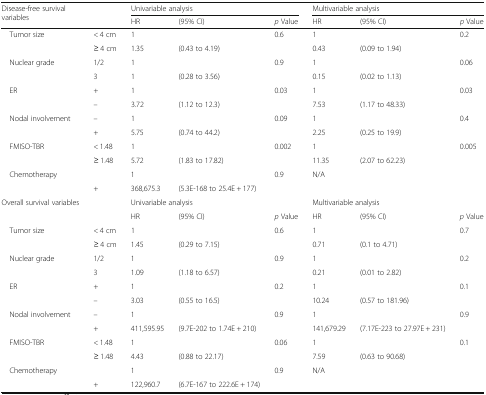
<table><thead><tr><td rowspan="2"><b>Disease-free survival variables</b></td><td></td><td colspan="3"><b>Univariable analysis</b></td><td colspan="3"><b>Multivariable analysis</b></td></tr><tr><td></td><td><b>HR</b></td><td><b>(95% CI)</b></td><td><b><i>p</i> Value</b></td><td><b>HR</b></td><td><b>(95% CI)</b></td><td><b><i>p</i> Value</b></td></tr></thead><tbody><tr><td rowspan="2"> Tumor size</td><td>&lt; 4 cm</td><td colspan="2">1</td><td rowspan="2">0.6</td><td colspan="2">1</td><td rowspan="2">0.2</td></tr><tr><td>≥ 4 cm</td><td>1.35</td><td>(0.43 to 4.19)</td><td>0.43</td><td>(0.09 to 1.94)</td></tr><tr><td rowspan="2"> Nuclear grade</td><td>1/2</td><td colspan="2">1</td><td rowspan="2">0.9</td><td colspan="2">1</td><td rowspan="2">0.06</td></tr><tr><td>3</td><td>1</td><td>(0.28 to 3.56)</td><td>0.15</td><td>(0.02 to 1.13)</td></tr><tr><td rowspan="2"> ER</td><td>+</td><td colspan="2">1</td><td rowspan="2">0.03</td><td colspan="2">1</td><td rowspan="2">0.03</td></tr><tr><td>–</td><td>3.72</td><td>(1.12 to 12.3)</td><td>7.53</td><td>(1.17 to 48.33)</td></tr><tr><td rowspan="2"> Nodal involvement</td><td>–</td><td colspan="2">1</td><td rowspan="2">0.09</td><td colspan="2">1</td><td rowspan="2">0.4</td></tr><tr><td>+</td><td>5.75</td><td>(0.74 to 44.2)</td><td>2.25</td><td>(0.25 to 19.9)</td></tr><tr><td rowspan="2"> FMISO-TBR</td><td>&lt; 1.48</td><td colspan="2">1</td><td rowspan="2">0.002</td><td colspan="2">1</td><td rowspan="2">0.005</td></tr><tr><td>≥ 1.48</td><td>5.72</td><td>(1.83 to 17.82)</td><td>11.35</td><td>(2.07 to 62.23)</td></tr><tr><td rowspan="2"> Chemotherapy</td><td></td><td colspan="2">1</td><td rowspan="2">0.9</td><td rowspan="2" colspan="3">N/A</td></tr><tr><td>+</td><td>368,675.3</td><td>(5.3E-168 to 25.4E + 177)</td></tr><tr><td rowspan="2">Overall survival variables</td><td></td><td colspan="3">Univariable analysis</td><td colspan="3">Multivariable analysis</td></tr><tr><td></td><td>HR</td><td>(95% CI)</td><td><i>p</i> Value</td><td>HR</td><td>(95% CI)</td><td><i>p</i> Value</td></tr><tr><td rowspan="2"> Tumor size</td><td>&lt; 4 cm</td><td colspan="2">1</td><td rowspan="2">0.6</td><td colspan="2">1</td><td rowspan="2">0.7</td></tr><tr><td>≥ 4 cm</td><td>1.45</td><td>(0.29 to 7.15)</td><td>0.71</td><td>(0.1 to 4.71)</td></tr><tr><td rowspan="2"> Nuclear grade</td><td>1/2</td><td colspan="2">1</td><td rowspan="2">0.9</td><td colspan="2">1</td><td rowspan="2">0.2</td></tr><tr><td>3</td><td>1.09</td><td>(1.18 to 6.57)</td><td>0.21</td><td>(0.01 to 2.82)</td></tr><tr><td rowspan="2"> ER</td><td>+</td><td colspan="2">1</td><td rowspan="2">0.2</td><td colspan="2">1</td><td rowspan="2">0.1</td></tr><tr><td>–</td><td>3.03</td><td>(0.55 to 16.5)</td><td>10.24</td><td>(0.57 to 181.96)</td></tr><tr><td rowspan="2"> Nodal involvement</td><td>–</td><td colspan="2">1</td><td rowspan="2">0.9</td><td colspan="2">1</td><td rowspan="2">0.9</td></tr><tr><td>+</td><td>411,595.95</td><td>(9.7E-202 to 1.74E + 210)</td><td>141,679.29</td><td>(7.17E-223 to 27.97E + 231)</td></tr><tr><td rowspan="2"> FMISO-TBR</td><td>&lt; 1.48</td><td colspan="2">1</td><td rowspan="2">0.06</td><td colspan="2">1</td><td rowspan="2">0.1</td></tr><tr><td>≥ 1.48</td><td>4.43</td><td>(0.88 to 22.17)</td><td>7.59</td><td>(0.63 to 90.68)</td></tr><tr><td rowspan="2"> Chemotherapy</td><td></td><td colspan="2">1</td><td rowspan="2">0.9</td><td rowspan="2" colspan="3">N/A</td></tr><tr><td>+</td><td>122,960.7</td><td>(6.7E-167 to 222.6E + 174)</td></tr></tbody></table>